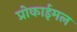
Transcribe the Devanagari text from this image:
प्रोकाईमल